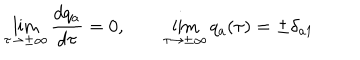
\lim _ { \tau \to \pm \infty } \frac { d q _ { a } } { d \tau } = 0 , \qquad \lim _ { \tau \to \pm \infty } q _ { a } ( \tau ) = \pm \delta _ { a 1 }